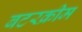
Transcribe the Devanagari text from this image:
बटरक्रीम